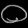
Digit: ၀